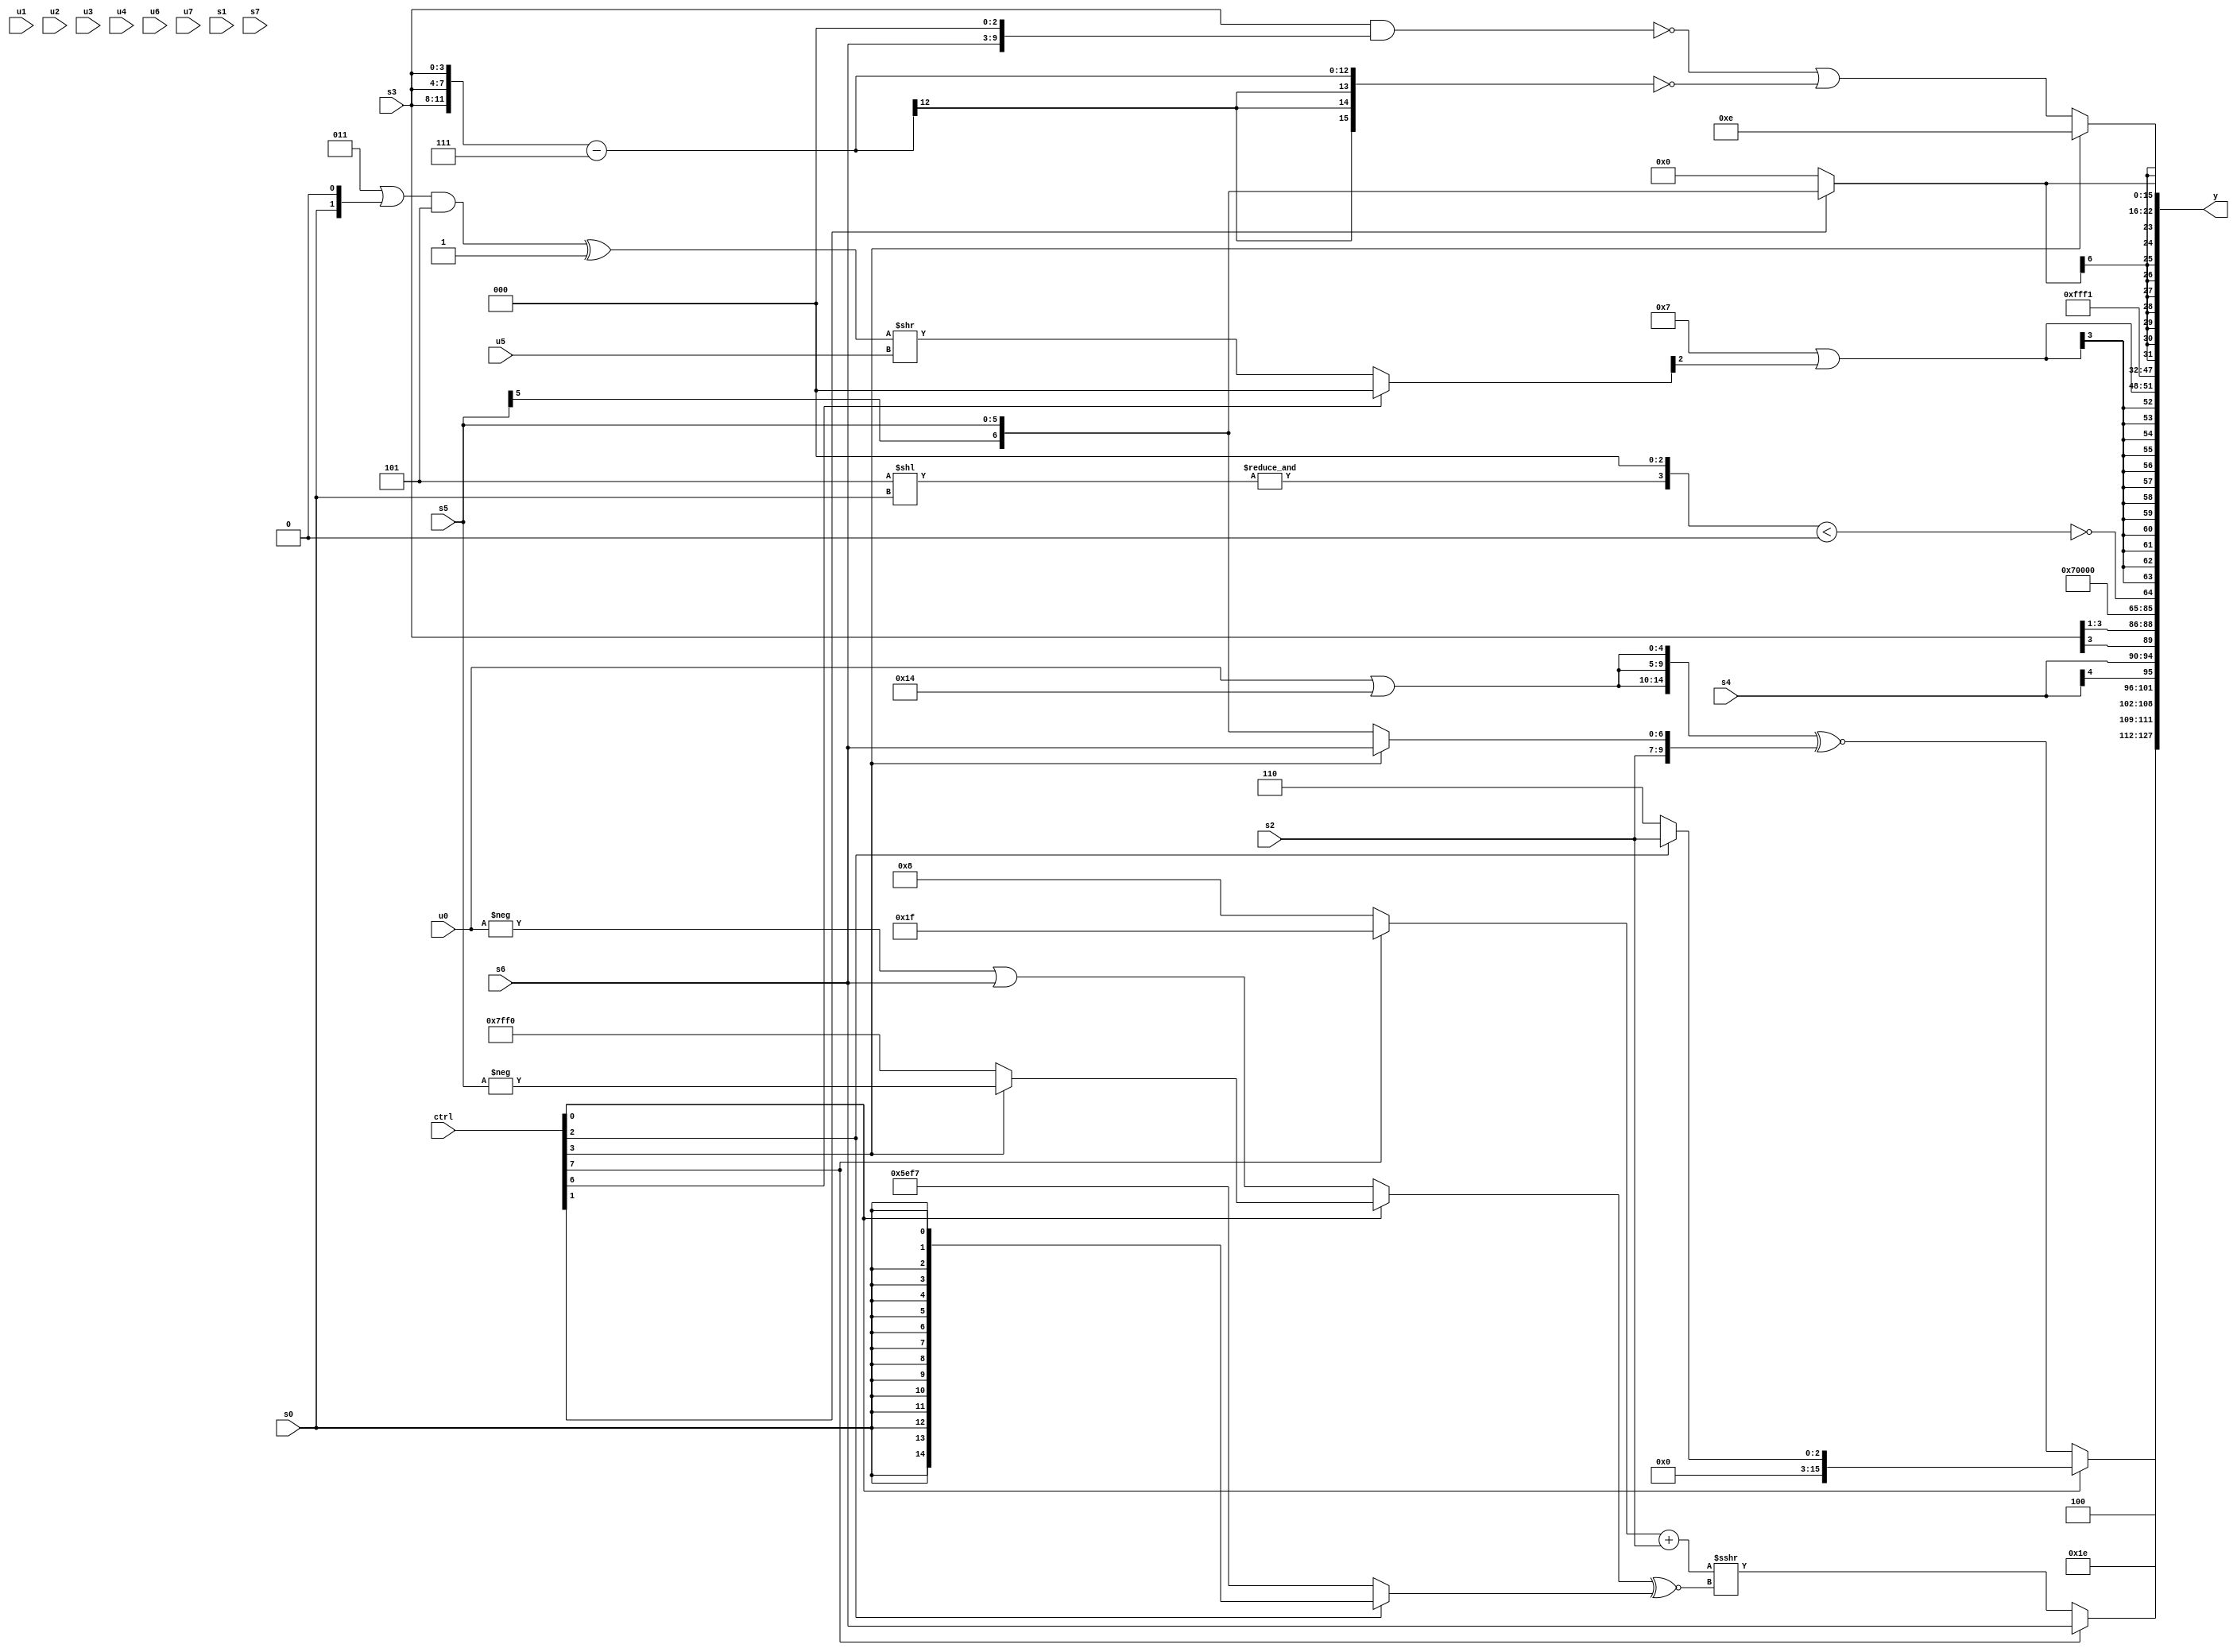
module wideexpr_00699(ctrl, u0, u1, u2, u3, u4, u5, u6, u7, s0, s1, s2, s3, s4, s5, s6, s7, y);
  input [7:0] ctrl;
  input [0:0] u0;
  input [1:0] u1;
  input [2:0] u2;
  input [3:0] u3;
  input [4:0] u4;
  input [5:0] u5;
  input [6:0] u6;
  input [7:0] u7;
  input signed [0:0] s0;
  input signed [1:0] s1;
  input signed [2:0] s2;
  input signed [3:0] s3;
  input signed [4:0] s4;
  input signed [5:0] s5;
  input signed [6:0] s6;
  input signed [7:0] s7;
  output [127:0] y;
  wire [15:0] y0;
  wire [15:0] y1;
  wire [15:0] y2;
  wire [15:0] y3;
  wire [15:0] y4;
  wire [15:0] y5;
  wire [15:0] y6;
  wire [15:0] y7;
  assign y = {y0,y1,y2,y3,y4,y5,y6,y7};
  assign y0 = (ctrl[0]?(ctrl[2]?s2:4'sb0110):+(+(({3{+((u0)|((5'sb10100)<<<(1'sb0)))}})^~(({s2,$unsigned((ctrl[3]?s6:s5))})<<<(2'b00)))));
  assign y1 = {-(3'sb100),(ctrl[7]?s6:($signed(((ctrl[7]?1'sb1:(5'sb11000)^(-(5'sb10000))))+(s2)))>>>(((ctrl[0]?(ctrl[3]?-((s5)>>(2'b00)):(-(2'sb01))<<<((3'sb111)-(3'sb011))):(-(u0))|(s6)))^~($signed((ctrl[2]?s0:$signed({3{5'sb10111}})))))),6'sb011110};
  assign y2 = $signed({s4,(s3)>>>(~^((6'sb111111)<<<({3{(4'sb0011)^~(1'sb0)}}))),6'sb001110});
  assign y3 = ~^(((&((3'sb101)<<(&(s0))))<<<($signed({+($signed((4'sb0011)<<(1'sb0)))})))<({4{{2{-(-($unsigned((3'b010)<<(5'sb01100))))}}}}));
  assign y4 = ($signed(4'sb0111))|(($signed((ctrl[6]?$signed({3{!(2'sb10)}}):(((((1'sb1)>>(1'b1))|((s0)<<<(1'b1)))&(-(3'sb011)))^(2'sb11))>>($unsigned(u5)))))>>>($signed(5'b10101)));
  assign y5 = -({$signed(!(~(1'sb0))),~^($signed((2'sb10)^~(3'sb001))),3'sb111});
  assign y6 = $signed((ctrl[1]?s5:(ctrl[1]?$signed((s0)>=((($signed(s2))|(((ctrl[6]?s4:5'sb00101))>>>((1'sb1)+(3'sb000))))<<(6'sb000110))):$signed($unsigned($signed((((s6)|(s4))<<<(5'sb11100))<<<((-(4'b0110))|($signed(5'sb00000)))))))));
  assign y7 = (ctrl[3]?4'b1110:(~((s3)&((s6)<<<(2'sb11))))|(~(({3{s3}})-(3'b111))));
endmodule